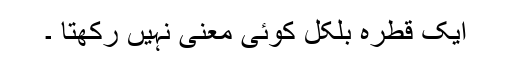
ایک قطرہ بلکل کوئی معنی نہیں رکھتا ۔